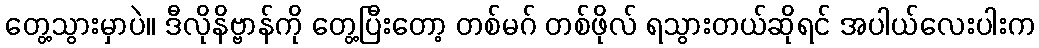
တွေ့သွားမှာပဲ။ ဒီလိုနိဗ္ဗာန်ကို တွေ့ပြီးတော့ တစ်မဂ် တစ်ဖိုလ် ရသွားတယ်ဆိုရင် အပါယ်လေးပါးက